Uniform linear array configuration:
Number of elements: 24
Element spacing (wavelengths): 0.5
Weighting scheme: blackman
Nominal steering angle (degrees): -60
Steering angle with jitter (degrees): -59.566
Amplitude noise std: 0.05
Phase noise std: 0.05

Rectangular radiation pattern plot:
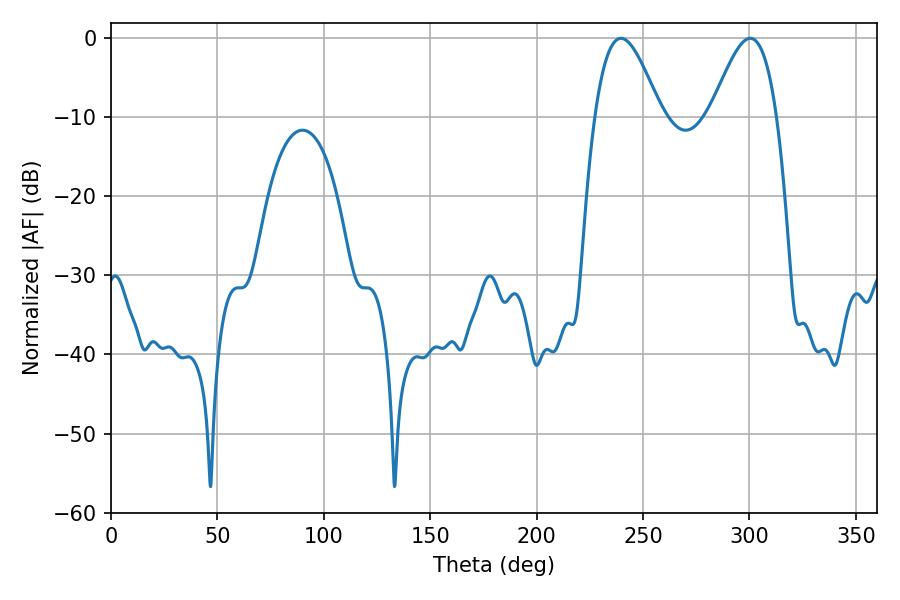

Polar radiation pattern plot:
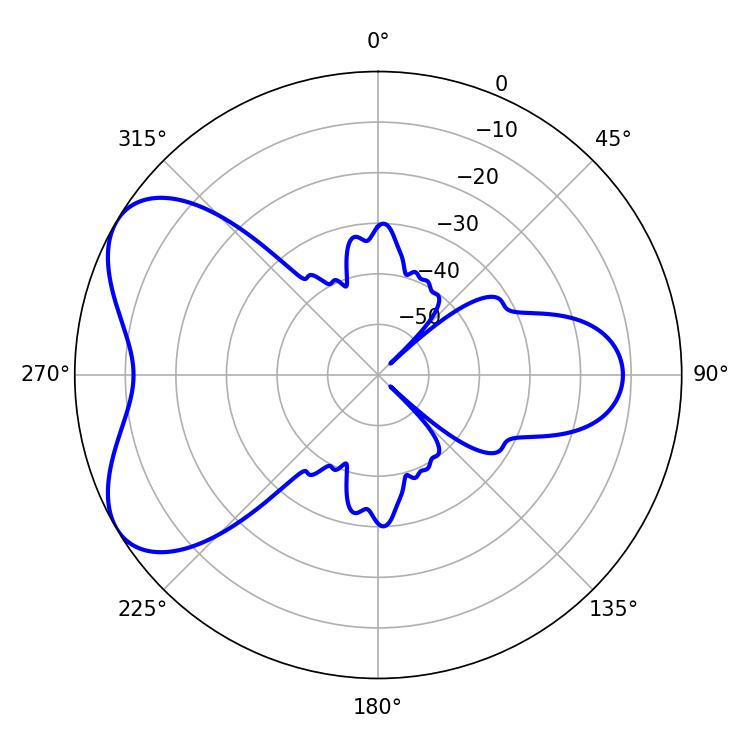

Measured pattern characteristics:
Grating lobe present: FALSE
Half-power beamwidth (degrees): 16.56
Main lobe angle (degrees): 239.58